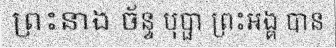
ព្រះនាង ច័ន្ទ បុប្ផា ព្រះអង្គ បាន